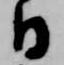
日